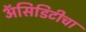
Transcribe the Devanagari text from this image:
अॅसिडिटीचा